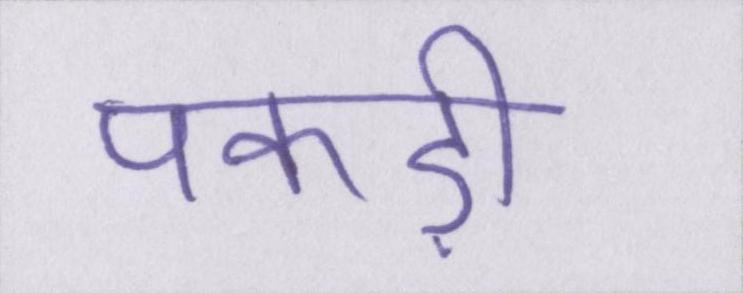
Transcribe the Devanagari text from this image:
पकड़ी